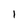
Character: 1